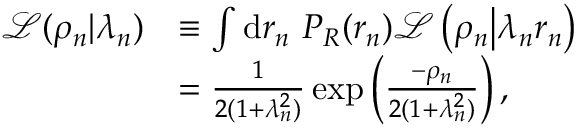
\begin{array} { r l } { \mathcal { L } ( \rho _ { n } | \lambda _ { n } ) } & { \equiv \int \mathrm { d } r _ { n } ~ P _ { R } ( r _ { n } ) { \mathcal L } \left( \rho _ { n } \big | \lambda _ { n } r _ { n } \right) } \\ & { = \frac { 1 } { { 2 } ( 1 + \lambda _ { n } ^ { 2 } ) } \exp \left( \frac { - \rho _ { n } } { { 2 } ( 1 + \lambda _ { n } ^ { 2 } ) } \right) , } \end{array}